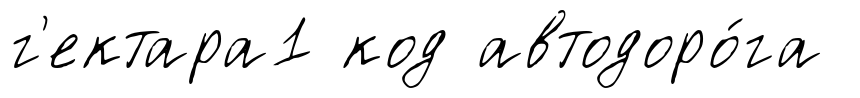
г'ектара1 код автодоро́га